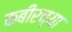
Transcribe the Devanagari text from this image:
कबीरच्या